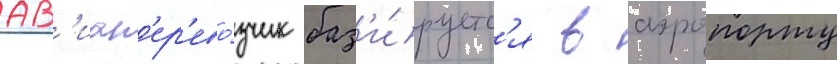
ав'иап'ер'ево́зчик баз'и́руетс'я в аэропорту